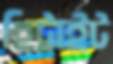
হিট্টাইট